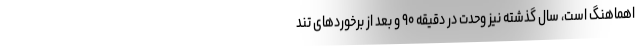
اهماهنگ است، سال گذشته نیز وحدت در دقیقه ۹۰ و بعد از برخوردهای تند